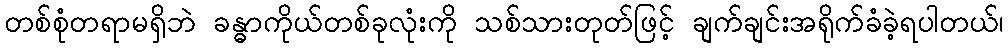
တစ်စုံတရာမရှိဘဲ ခန္ဓာကိုယ်တစ်ခုလုံးကို သစ်သားတုတ်ဖြင့် ချက်ချင်းအရိုက်ခံခဲ့ရပါတယ်၊